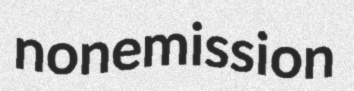
nonemission